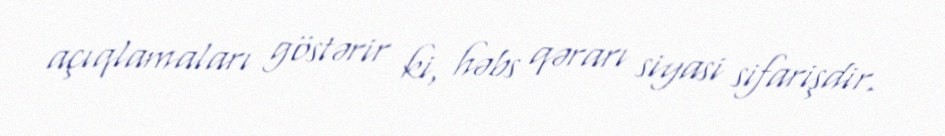
açıqlamaları göstərir ki, həbs qərarı siyasi sifarişdir.